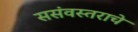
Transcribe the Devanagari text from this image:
ससंवस्तराचे